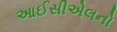
આઈસીએલનો